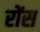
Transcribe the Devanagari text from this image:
रोंस